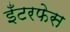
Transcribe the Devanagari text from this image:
इँटरफेस